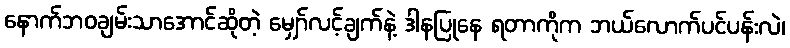
နောက်ဘဝချမ်းသာအောင်ဆိုတဲ့ မျှော်လင့်ချက်နဲ့ ဒါနပြုနေ ရတာကိုက ဘယ်လောက်ပင်ပန်းလဲ၊